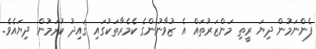
ފެންނަމުން ދިޔަ ރީތި މަންޒަރުތައް އެ ޒުވާނުންގެ ކެމެރާތަކުގައި ޤައިދު ކުރަމުން ދިޔައެވެ.